Note on the mental hospitals in Burma - 1925-1940
Year: 1925
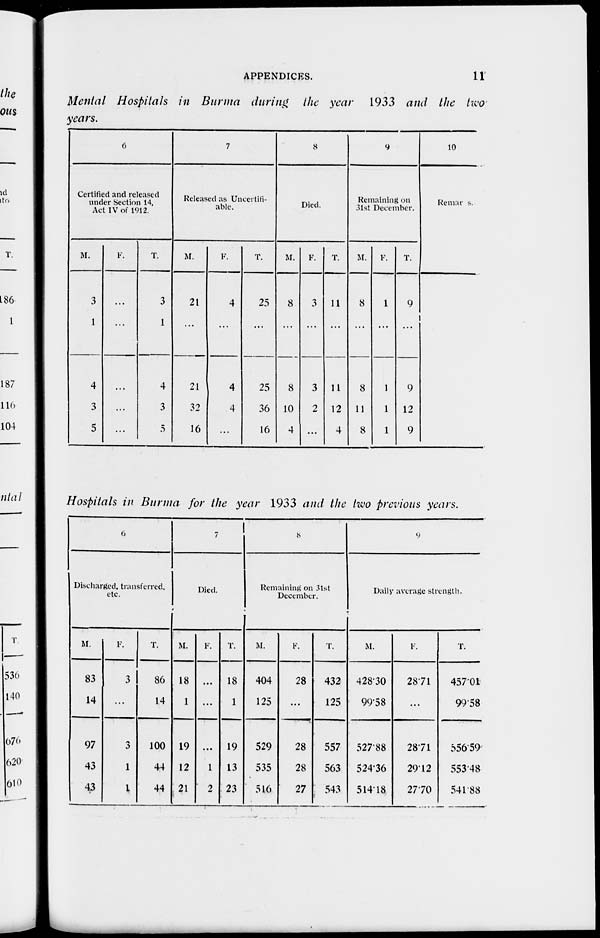
APPENDICES.
11
Mental Hospitals in Burma during the year 1933 and the two
years.
6
Certified and released
under Section 14,
Act IV of 1912.
M.
3
1
4
3
5
F.
...
...
...
...
...
T.
3
1
4
3
5
7
Released as Uneertili-
able.
M.
21
...
21
32
16
F.
4
...
4
4
...
T.
25
...
25
36
16
8
Died.
M.
8
...
8
10
4
F.
3
...
3
2
...
T.
11
...
11
12
4
9
Remaining on
31st December.
M.
8
...
8
11
8
F.
1
...
1
1
1
T.
9
...
9
12
9
10
Remarks.
Hospitals in Burma for the year 1933 and the two previous years.
6
Discharged, transferred,
etc.
M.
83
14
97
43
43
F.
3
...
3
1
1
T.
86
14
100
44
44
7
Died.
M.
18
1
19
12
21
F.
...
...
...
1
2
T.
18
1
19
13
23
8
Remaining on 31st
December.
M.
404
125
529
535
516
F.
28
...
28
28
27
T.
432
125
557
563
543
9
Daily average strength.
M.
428.30
99.58
527.88
524.36
514.18
F.
28.71
...
28.71
29.12
27.70
T.
457.01
99.58
556.59
553.48
541.88